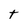
Character: t